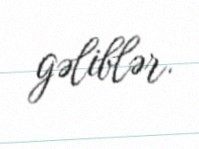
gəliblər.